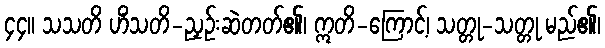
၄၄။ သသတိ ဟိံသတိ-ညှဉ်းဆဲတတ်၏၊ ဣတိ-ကြောင့်၊ သတ္တု-သတ္တု မည်၏၊